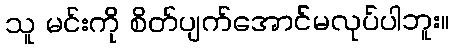
သူ မင်းကို စိတ်ပျက်အောင်မလုပ်ပါဘူး။